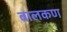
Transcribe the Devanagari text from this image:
बालकण